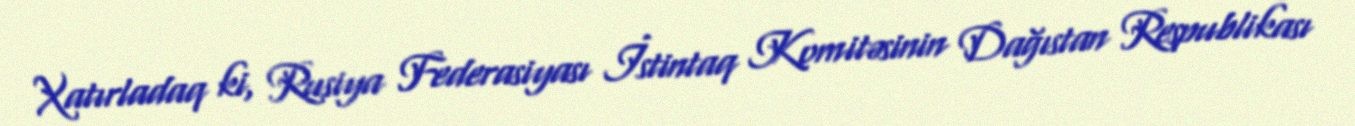
Xatırladaq ki, Rusiya Federasiyası İstintaq Komitəsinin Dağıstan Respublikası